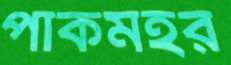
পাকমহর